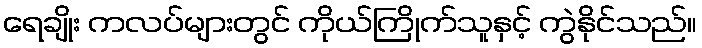
ရေချိုး ကလပ်များတွင် ကိုယ်ကြိုက်သူနှင့် ကွဲနိုင်သည်။